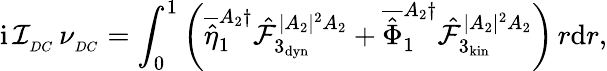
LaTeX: \mathrm{i}\, \mathcal{I}_{_{DC}}\, \nu_{_{DC}}=\int_{0}^{1}\left(\overline{{\hat{\eta}}}_{1}^{A_{2}\dagger}\hat{\mathcal{F}}_{3_{\mathrm{dyn}}}^{|A_{2}|^{2}A_{2}}+\overline{{\hat{\Phi}}}_{1}^{A_{2}\dagger}\hat{\mathcal{F}}_{3_{\mathrm{kin}}}^{|A_{2}|^{2}A_{2}}\right)\, r\mathrm{d}r,